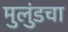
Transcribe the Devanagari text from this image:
मुलुंडचा